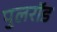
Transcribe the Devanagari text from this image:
पुलरॉड